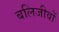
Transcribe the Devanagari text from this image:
बलिजीवों